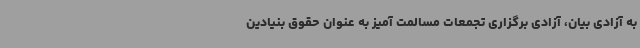
به آزادی بیان، آزادی برگزاری تجمعات مسالمت آمیز به عنوان حقوق بنیادین